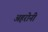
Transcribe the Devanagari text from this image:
अहरोनी